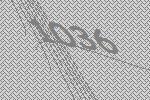
1036